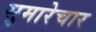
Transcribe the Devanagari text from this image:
सुमारेचार